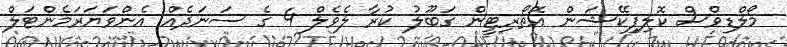
މޯލްޑިވްސް ކޮލިފިކޭޝަން އޮތޯރިޓީން ގަބޫލު ކުރާ ލެވެލް 4 ގެ ސަނަދެއް އެންވަޔަރަމެންޓަލް